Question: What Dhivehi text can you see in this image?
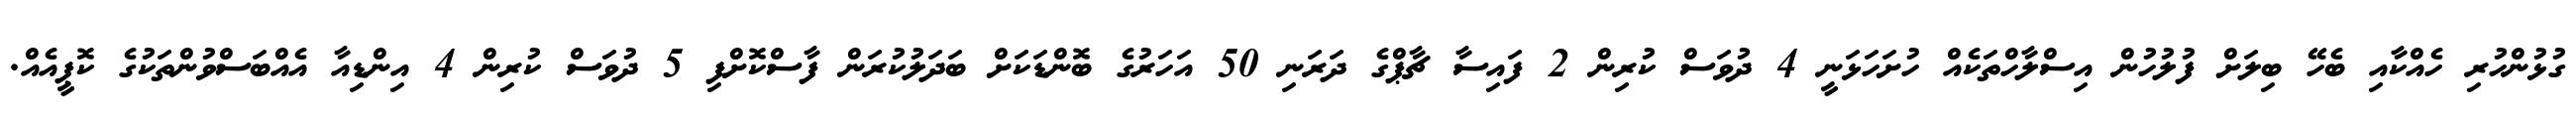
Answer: ގުޅުންހުރި ހެއްކާއި ބެހޭ ބިލަށް ފުލުހުން އިސްލާހްތަކެއް ހުށަހަޅަނީ 4 ދުވަސް ކުރިން 2 ފައިސާ ޗާޕްގެ ދަރަނި 50 އަހަރުގެ ބޮންޑަކަށް ބަދަލުކުރަން ފާސްކޮށްފި 5 ދުވަސް ކުރިން 4 އިންޑިއާ އެއްބަސްވުންތަކުގެ ކޮޕީއެއް.